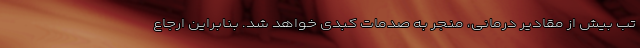
تب بیش از مقادیر درمانی، منجر به صدمات کبدی خواهد شد. بنابراین ارجاع